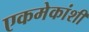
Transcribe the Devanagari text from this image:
एकमेकांशीं